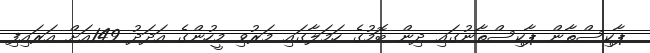
ޕާކިސްތާން ޕާކިސްތާނުގައި ދިން ބޮމުގެ ހަމަލާގައި މަރުވި މީހުންގެ އަދަދު 149އަށް އަރައިފި